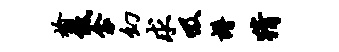
榆低衾幻求吸谱猜